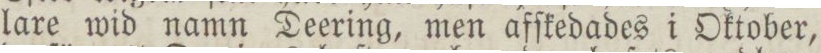
lare wid namn Deering, men afſkedades i Oktober,